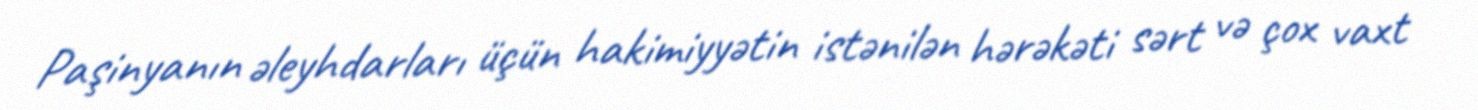
Paşinyanın əleyhdarları üçün hakimiyyətin istənilən hərəkəti sərt və çox vaxt